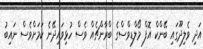
އަދި ވެލިދޫގައި ބޭންކް އޮފް މޯލްޑިވްސްގެ ބްރާންޗެއް ވެސް ހުޅިވައިދޭނެ ކަމަށްވެސް ނައިބު